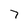
Character: 7